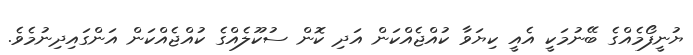
ޔުނީފޯމެއްގެ ބޭނުމަކީ އެއީ ކިޔަވާ ކުއްޖެއްކަން އަދި ކޮން ސުކޫލެއްގެ ކުއްޖެއްކަން އަންގައިދިނުމެވެ.